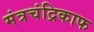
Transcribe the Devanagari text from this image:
मंत्रचंद्रिकाफ